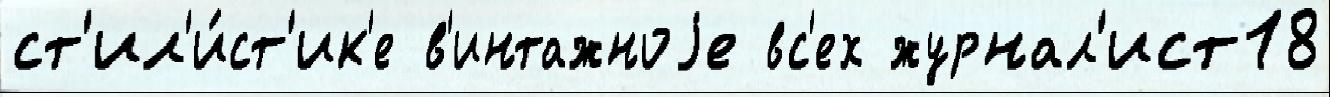
ст'ил'и́ст'ик'е в'интажноjе вс'ех журнал'ист18